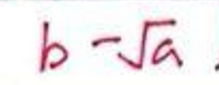
$b - \sqrt { a }$